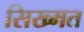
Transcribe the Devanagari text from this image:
सिख्मत